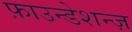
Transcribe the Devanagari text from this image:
फ़ाउन्डेशन्ज़